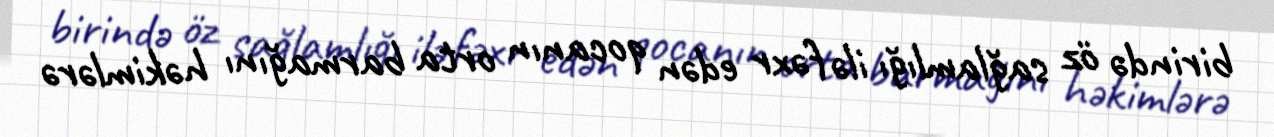
birində öz sağlamlığı ilə fəxr edən qocanın orta barmağını həkimlərə